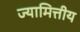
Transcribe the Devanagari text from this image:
ज्यामित्तीय